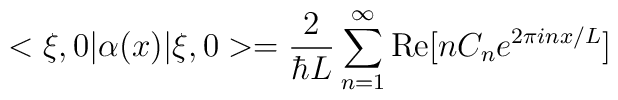
<\xi,0| \alpha (x)| \xi,0 > = {2 \over \hbar L}\sum_{n=1}^\infty{\rm Re}[nC_ne^{2\pi inx/L}]